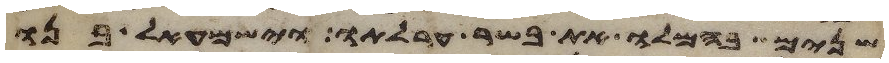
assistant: שנים בהמלו את בשר ערלתו וישמעאל בנו